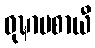
ဝုဍ္ဎာပစာယီ